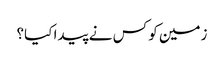
زمین کو کس نے پیدا کیا؟